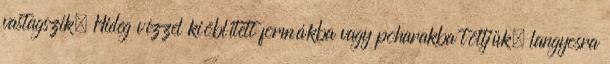
vastagszik. Hideg vízzel kiöblített formákba vagy poharakba töltjük, langyosra